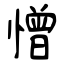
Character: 憎